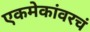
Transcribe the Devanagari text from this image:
एकमेकांवरचं